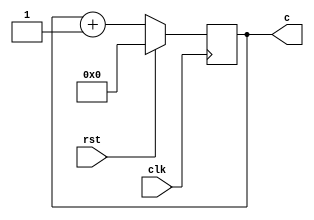
module counter_8(c,rst,clk);
  input rst,clk;
  output [7:0]c;
  reg [7:0]temp;
  always @ (posedge clk)
    begin
      if(rst)
        temp <= 8'b0;
      else
        temp <= temp + 1;
    end
  assign c = temp;
endmodule